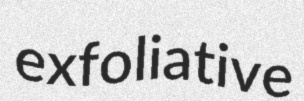
exfoliative